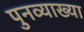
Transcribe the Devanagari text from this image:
पुनव्याख्या